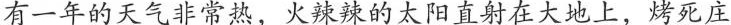
有一年的天气非常热，火辣辣的太阳直射在大地上，烤死庄